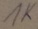
Text: 1K